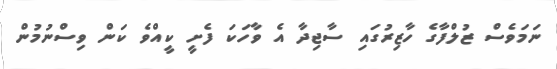
ނަމަވެސް ޒުލްފާގެ ހާޒިރުގައި ސާޖިދާ އެ ވާހަކަ ފެށީ ކީއްވެ ކަން ވިސްނުމުން